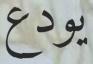
يودع